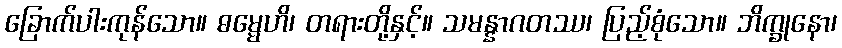
ခြောက်ပါးကုန်သော။ ဓမ္မေဟိ၊ တရားတို့နှင့်။ သမန္နာဂတဿ၊ ပြည့်စုံသော။ ဘိက္ခုနော၊